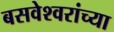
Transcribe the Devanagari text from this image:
बसवेश्वरांच्या